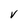
Character: V